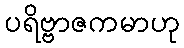
ပရိဗ္ဗာဇကမာဟု